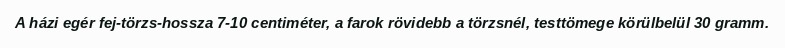
A házi egér fej-törzs-hossza 7-10 centiméter, a farok rövidebb a törzsnél, testtömege körülbelül 30 gramm.